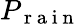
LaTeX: P_{\mathrm{~r~a~i~n~}}